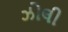
ઝોલી